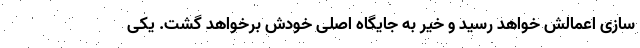
سازی اعمالش خواهد رسید و خیر به جایگاه اصلی خودش برخواهد گشت. یکی